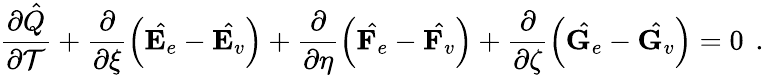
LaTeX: \frac{\partial\hat{Q}}{\partial\mathcal{T}}+\frac{\partial}{\partial\xi}\left(\hat{\mathbf{E}_{e}}-\hat{\mathbf{E}_{v}}\right)+\frac{\partial}{\partial\eta}\left(\hat{\mathbf{F}_{e}}-\hat{\mathbf{F}_{v}}\right)+\frac{\partial}{\partial\zeta}\left(\hat{\mathbf{G}_{e}}-\hat{\mathbf{G}_{v}}\right)=0\, \mathrm{~.~}